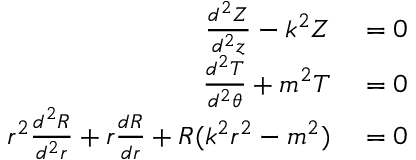
\begin{array} { r l } { \frac { d ^ { 2 } Z } { d ^ { 2 } z } - k ^ { 2 } Z } & { { } = 0 } \\ { \frac { d ^ { 2 } T } { d ^ { 2 } \theta } + m ^ { 2 } T } & { { } = 0 } \\ { r ^ { 2 } \frac { d ^ { 2 } R } { d ^ { 2 } r } + r \frac { d R } { d r } + R ( k ^ { 2 } r ^ { 2 } - m ^ { 2 } ) } & { { } = 0 } \end{array}